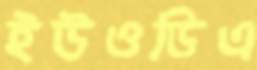
ইউওডিএ